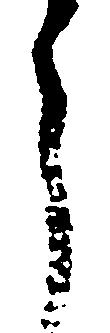
う